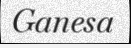
Ganesa